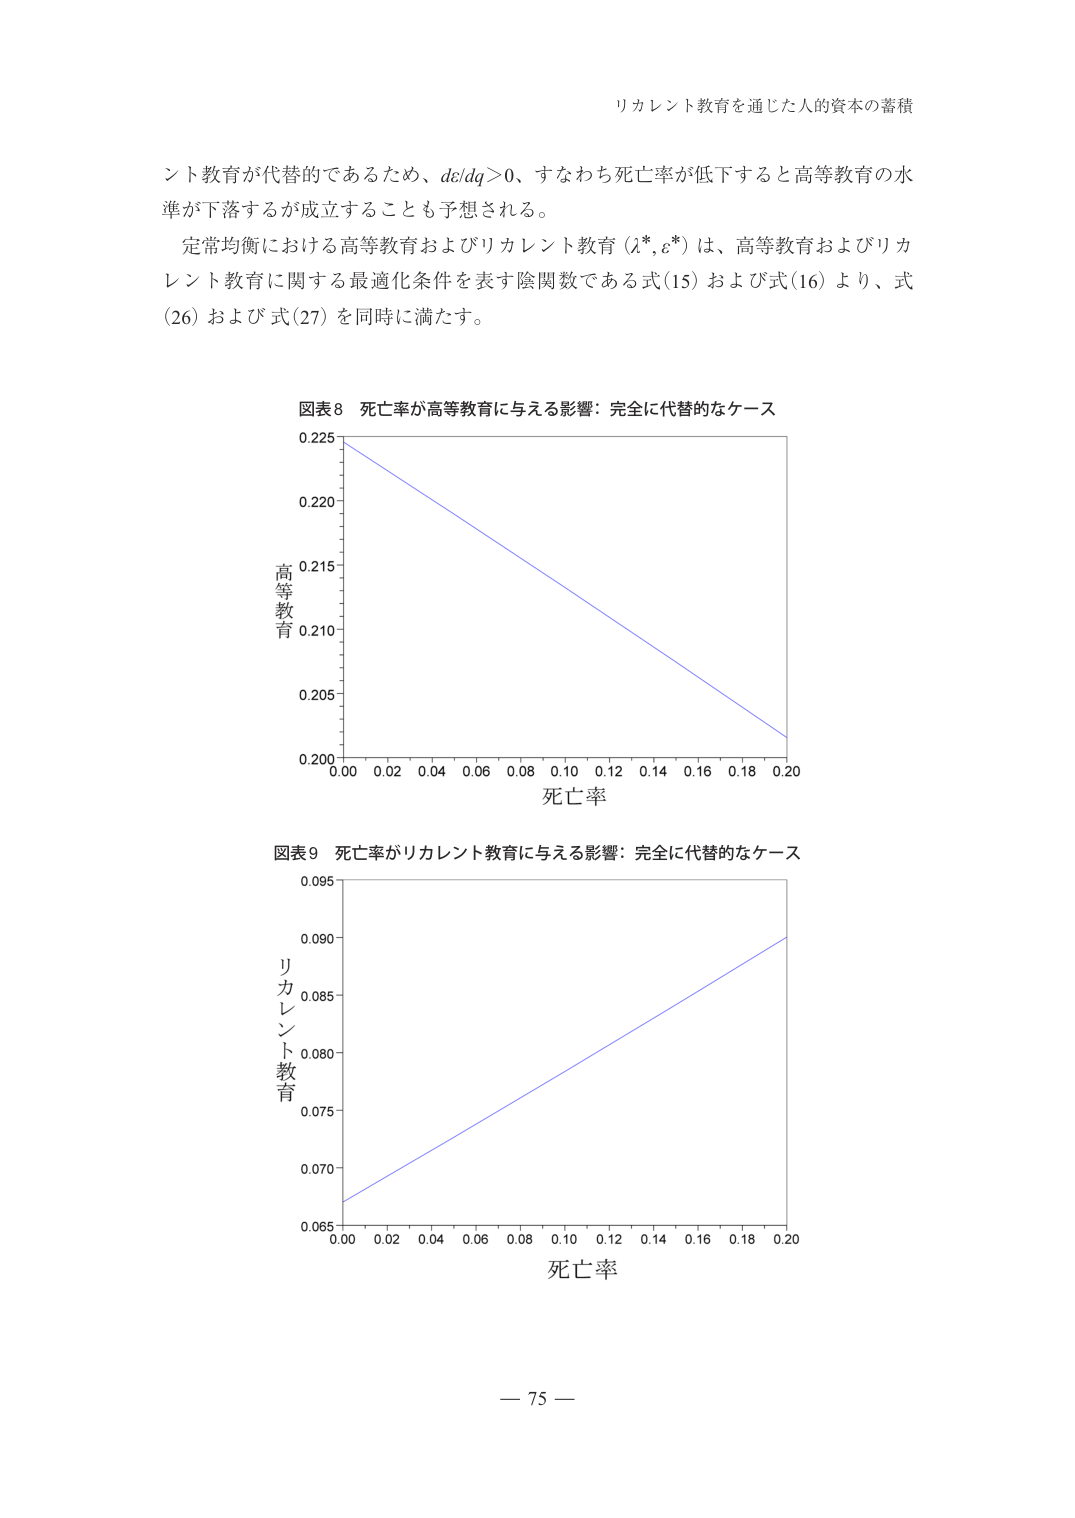
リカレント教育を通じた人的資本の蓄積

ント教育が代替的であるため、de/dq>0、すなわち死亡率が低下すると高等教育の水準が下落することが成立することも予想される。

定常均衡における高等教育およびリカレント教育（λ*, ε*）は、高等教育およびリカレント教育に関する最適化条件を表す陰関数である式(15)および式(16)より、式(26)および式(27)を同時に満たす。

図表8 死亡率が高等教育に与える影響：完全に代替的なケース
0.225
0.220
0.215
0.210
0.205
0.200
0.00 0.02 0.04 0.06 0.08 0.10 0.12 0.14 0.16 0.18 0.20
死亡率
高等教育

図表9 死亡率がリカレント教育に与える影響：完全に代替的なケース
0.095
0.090
0.085
0.080
0.075
0.070
0.065
0.00 0.02 0.04 0.06 0.08 0.10 0.12 0.14 0.16 0.18 0.20
死亡率
リカレント教育

— 75 —